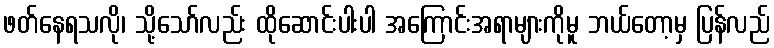
ဖတ်နေရသလို၊ သို့သော်လည်း ထိုဆောင်းပါးပါ အကြောင်းအရာများကိုမူ ဘယ်တော့မှ ပြန်လည်